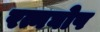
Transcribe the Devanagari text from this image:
रत्नघोष